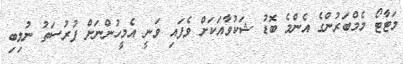
މަޓާޓޯ މެމްބަރުންގެ އެންމެ ބޮޑު ޝަކުވާއަކަށް ވެފައި ވަނީ އެމީހުންނަށް ފުރުސަތު ނުލިބި